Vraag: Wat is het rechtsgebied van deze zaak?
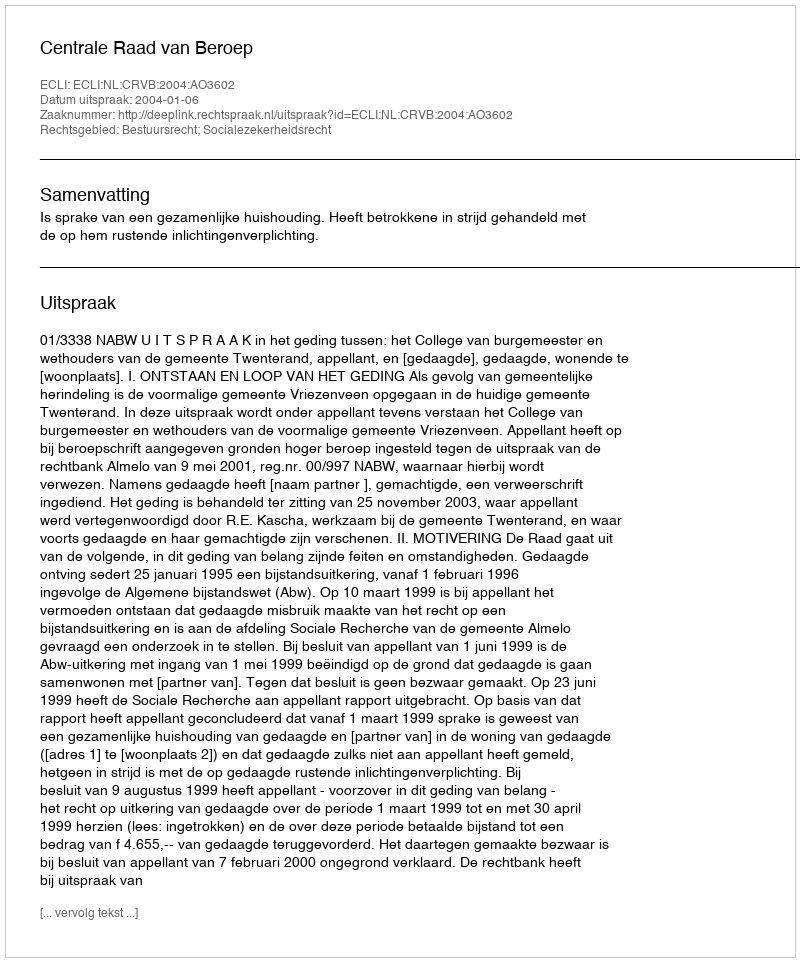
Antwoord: Bestuursrecht; Socialezekerheidsrecht